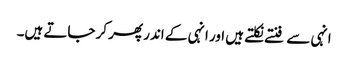
انہی سے فنتے نکلتے ہیں اور انہی کے اندر پھر کر جاتے ہیں۔